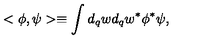
< \phi , \psi > \equiv \int _ { } ^ { } d _ { q } w d _ { q } w ^ { \ast } \phi ^ { \ast } \psi ,